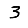
Digit: 3